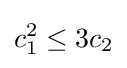
c_{1}^{2}\leq 3c_{2}